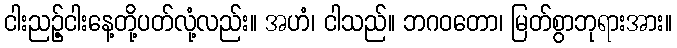
ငါးညဉ့်ငါးနေ့တို့ပတ်လုံ့လည်း။ အဟံ၊ ငါသည်။ ဘဂဝတော၊ မြတ်စွာဘုရားအား။